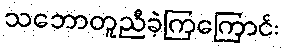
သဘောတူညီခဲ့ကြကြောင်း